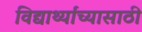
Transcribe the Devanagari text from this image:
विद्यार्थ्यांच्यासाठी